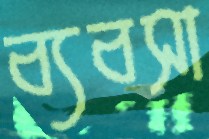
ব্যবসা